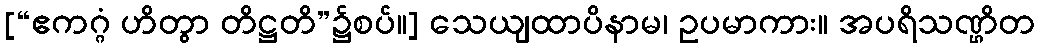
[“ဧကဂ္ဂံ ဟိတွာ တိဋ္ဌတိ”၌စပ်။] သေယျထာပိနာမ၊ ဥပမာကား။ အပရိသဏ္ဌိတ